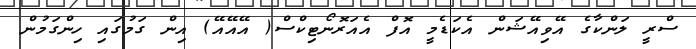
ސްރީ ލަންކާގެ އޭވިއޭޝަން އެކަޑެމީ އޮފް އެއަރޮނޯޓިކްސް( އޭއޭއޭ) އިން ގަމުގައި ހިންގަމުން